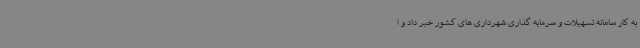
به کار سامانه تسهیلات و سرمایه گذاری شهرداری های کشور خبر داد و ا